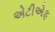
એટીએફ